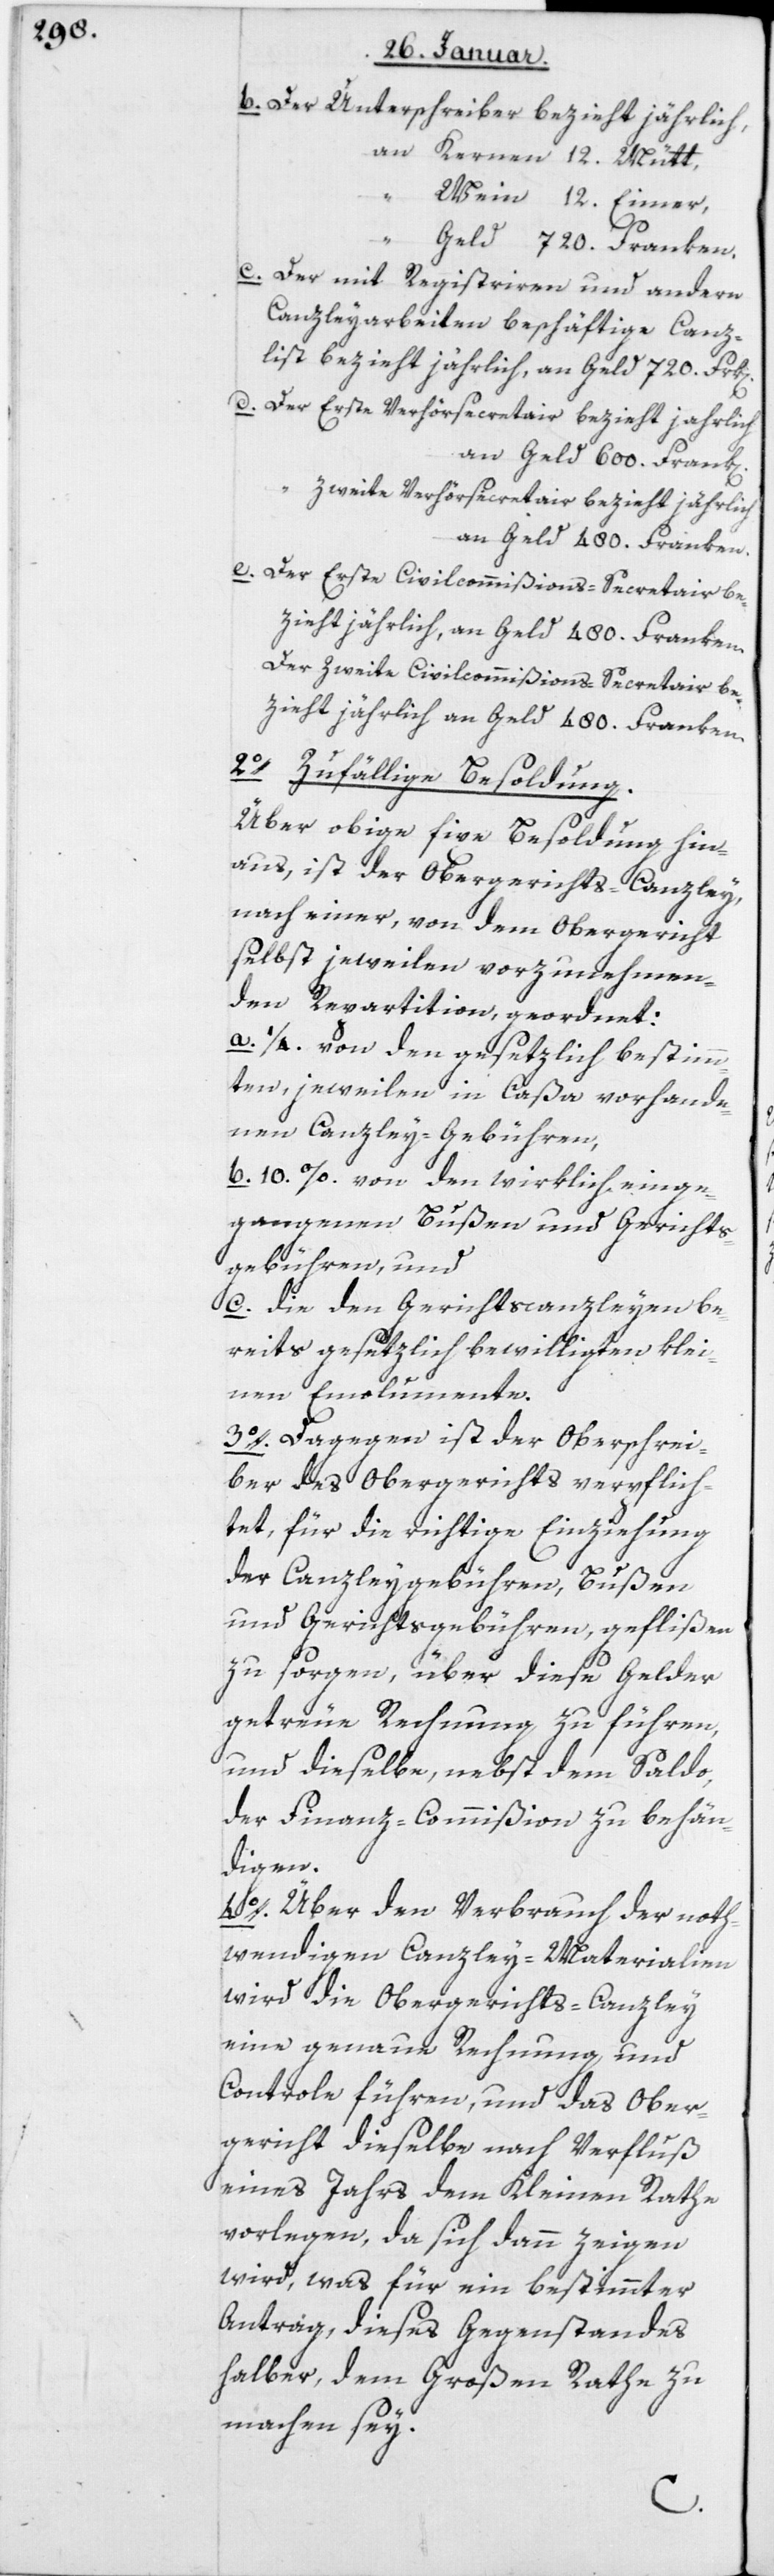
b. Der Unterschreiber bezieht jährlich,
an Kernen 12 Mütt,
an Wein 12 Eimer,
an
Geld 720 Franken.
c. Der mit Registrieren und andern
Canzleyarbeiten beschäftigte Canz¬
list bezieht jährlich an Geld 720 Frk[en].
d. Der Erste Verhörsecretair bezieht jährlich
Der zweyte Verhörsecretair bezieht jährlich
an Geld 480 Franken.
e. Der Erste Civilcommißions-Secretair be¬
zieht jährlich an Geld 480 Franken.
Der zweyte Civilcommißions-Secretair be¬
zieht jährlich an Geld 480 Franken.
2. Zufällige Besoldung.
Über obige fixe Besoldung hin¬
aus, ist der Obergerichts-Canzley,
nach einer von dem Obergericht
selbst jeweilen vorzunehmen¬
den Repartition, geordnet:
a. 1/4 von den gesetzlich bestimm¬
ten, jeweilen in Caßa vorhande¬
nen Canzley-Gebühren,
b. 10% von den wirklich einge¬
gangenen Bußen und Gerichts¬
gebühren, und
c. die den Gerichtscanzleyen be¬
reits gesetzlich bewilligten klei¬
nen Emolumente.
3. Dagegen ist der Oberschrei¬
ber des Obergerichts verpflich¬
tet, für die richtige Einziehung
der Canzleygebühren, Bußen
und Gerichtsgebühren, geflißen
zu sorgen, über diese Gelder
getreue Rechnung zu führen,
und dieselbe, nebst dem Saldo,
der Finanz-Commißion zu behän¬
digen.
4. Über den Verbrauch der noth¬
wendigen Canzley-Materialien
wird die Obergerichts-Canzley
eine genaue Rechnung und
Controle führen, und das Ober¬
gericht dieselbe nach Verfluß
eines Jahrs dem Kleinen Rathe
vorlegen, da sich dann zeigen
wird, was für ein bestimmter
Antrag dieses Gegenstandes
halber, dem Großen Rathe zu
machen sey.